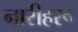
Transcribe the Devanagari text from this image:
नारीहरू